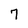
Character: 7